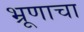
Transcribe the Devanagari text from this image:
भ्रूणाचा